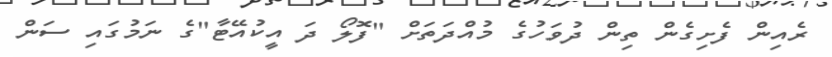
ރެއިން ފެށިގެން ތިން ދުވަހުގެ މުއްދަތަށް "ފޮލޯ ދަ އީކުއޭޓާ"ގެ ނަމުގައި ސަން